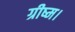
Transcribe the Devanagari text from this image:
ग्रीष्म।